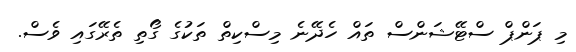
މި ޕަންޕް ސްޓޭޝަންސް ތައް ހެދޭނެ މިސްކިތް ތަކުގެ ގޯތި ތެރޭގައި ވެސް.